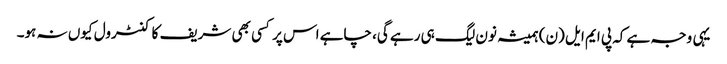
یہی وجہ ہے کہ پی ایم ایل (ن) ہمیشہ نون لیگ ہی رہے گی، چاہے اس پر کسی بھی شریف کا کنٹرول کیوں نہ ہو۔